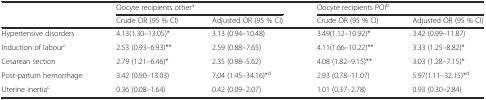
|  | <COLSPAN=2> Oocyte recipients othera | <COLSPAN=2> Oocyte recipients POIb |
 |  | Crude OR (95 % CI) | Adjusted OR (95 % CI) | Crude OR (95 % CI) | Adjusted OR (95 % CI) |
 | --- | --- | --- | --- | --- |
 | Hypertensive disorders | 4.13(1.30–13.05)* | 3.13 (0.94–10.48) | 3.49(1.12–10.92)* | 3.42 (0.99–11.87) |
 | Induction of labourc | 2.53 (0.93–6.93)** | 2.59 (0.88–7.65) | 4.11(1.66–10.22)** | 3.33 (1.25–8.82)* |
 | Cesarean section | 2.79 (1.21–6.46)* | 2.35 (0.98–5.62) | 4.08 (1.82–9.15)** | 3.03 (1.28–7.15)* |
 | Post-partum hemorrhage | 3.42 (0.90–13.03) | 7.04 (1.45–34.16)*d | 2.93 (0.78–11.07) | 5.97(1.11–32.15)*d |
 | Uterine inertiac | 0.36 (0.08–1.64) | 0.42 (0.09–2.07) | 1.01 (0.37–2.78) | 0.93 (0.30–2.84) |